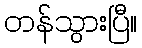
တန်သွားပြီ။